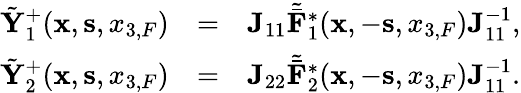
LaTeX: \begin{array}{rlr}{\tilde{{\mathbf Y}}_{1}^{+}({{\mathbf x}},{{\mathbf s}},{x_{3,F}})}&{=}&{{\mathbf J}_{11}{\tilde{\bar{\mathbf F}}}_{1}^{*}({{\mathbf x}},-{{\mathbf s}},{x_{3,F}}){\mathbf J}_{11}^{-1},}\\ {\tilde{{\mathbf Y}}_{2}^{+}({{\mathbf x}},{{\mathbf s}},{x_{3,F}})}&{=}&{{\mathbf J}_{22}{\tilde{\bar{\mathbf F}}}_{2}^{*}({{\mathbf x}},-{{\mathbf s}},{x_{3,F}}){\mathbf J}_{11}^{-1}.}\end{array}